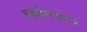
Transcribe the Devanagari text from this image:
एक्लोणार्‍याचा